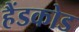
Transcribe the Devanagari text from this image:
हैंडकोड